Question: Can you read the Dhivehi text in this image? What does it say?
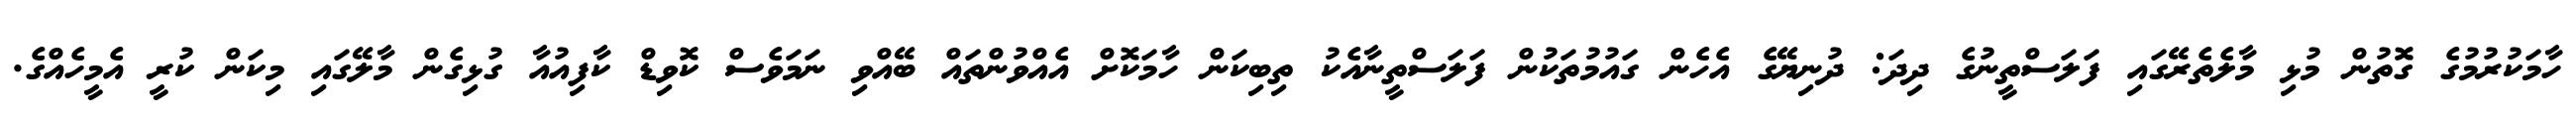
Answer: ހާމަކުރުމުގެ ގޮތުން މުޅި މާލެތެރޭގައި ފަލަސްތީނުގެ ދިދަ: ދުނިޔޭގެ އެހެން ގައުމުތަކުން ފަލަސްތީނާއެކު ތިބިކަން ހާމަކޮށް އެއްވުންތައް ބޭއްވި ނަމަވެސް ކޮވިޑް ކާފިއުއާ ގުޅިގެން މާލޭގައި މިކަން ކުރީ އެމީހެއްގެ.